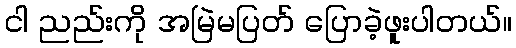
ငါ ညည်းကို အမြဲမပြတ် ပြောခဲ့ဖူးပါတယ်။